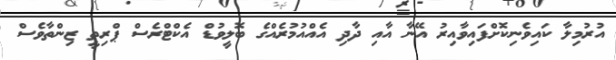
އުރުމިލާ ކައިވެނިކޮށްފައިވާއިރު އޭނާ އާއި ދާދި އެއްއުމުރެއްގެ ބޮލީވުޑް އެކްޓްރެސް ޕްރިތީ ޒިންތާވެސް